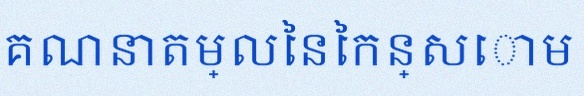
គណនាតម្លៃនៃកន្សោម